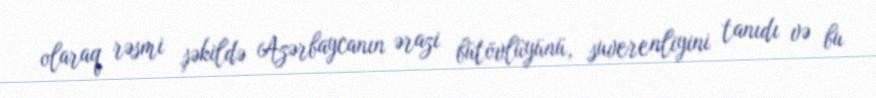
olaraq rəsmi şəkildə Azərbaycanın ərazi bütövlüyünü, suverenliyini tanıdı və bu